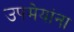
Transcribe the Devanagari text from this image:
उपमेयांना